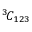
^ { 3 \! } { \cal C } _ { 1 2 3 }